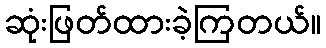
ဆုံးဖြတ်ထားခဲ့ကြတယ်။